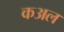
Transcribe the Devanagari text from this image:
कअल